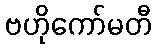
ဗဟိုကော်မတီ